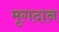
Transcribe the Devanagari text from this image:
मृगदान